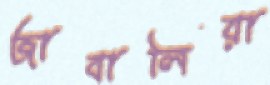
জাবালিয়া